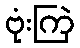
ဗုံးကြဲ